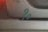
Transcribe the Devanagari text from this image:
१॰